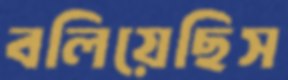
বলিয়েছিস